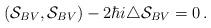
LaTeX: \begin{align*}(\mathcal{S}_{BV},\mathcal{S}_{BV})-2\hbar i\triangle\mathcal{S}_{BV}=0\,.\end{align*}